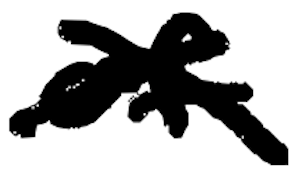
Text: of
Cross-out: cross
Writing tool: digital_black